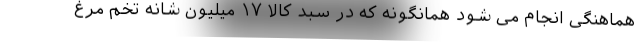
هماهنگی انجام می شود همانگونه که در سبد کالا ۱۷ میلیون شانه تخم مرغ